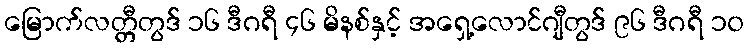
မြောက်လတ္တီတွဒ် ၁၆ ဒီဂရီ ၄၆ မိနစ်နှင့် အရှေ့လောင်ဂျီတွဒ် ၉၆ ဒီဂရီ ၁၀